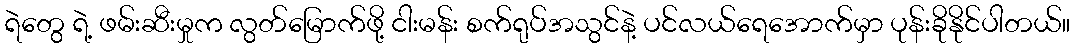
ရဲတွေ ရဲ့ ဖမ်းဆီးမှုက လွတ်မြောက်ဖို့ ငါးမန်း စက်ရုပ်အသွင်နဲ့ ပင်လယ်ရေအောက်မှာ ပုန်းခိုနိုင်ပါတယ်။